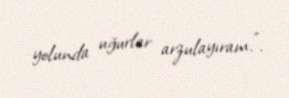
yolunda uğurlar arzulayıram.”.